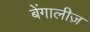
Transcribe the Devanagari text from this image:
बेंगालीज़